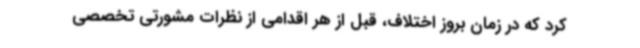
کرد که در زمان بروز اختلاف، قبل از هر اقدامی از نظرات مشورتی تخصصی